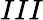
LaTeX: III